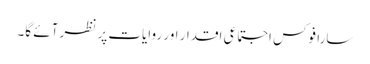
سارا فوکس اجتماعی اقدار اور روایات پر نظر آئے گا۔